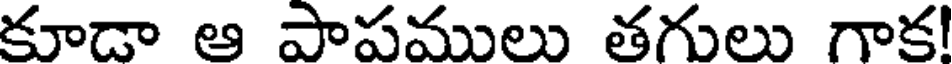
కూడా ఆ పాపములు తగులు గాక!